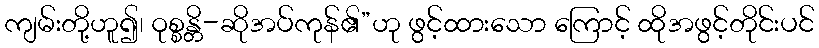
ကျမ်းတို့ဟူ၍၊ ဝုစ္စန္တိ-ဆိုအပ်ကုန်၏”ဟု ဖွင့်ထားသော ကြောင့် ထိုအဖွင့်တိုင်းပင်